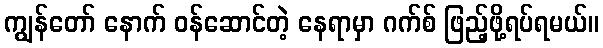
ကျွန်တော် နောက် ဝန်ဆောင်တဲ့ နေရာမှာ ဂက်စ် ဖြည့်ဖို့ရပ်ရမယ်။